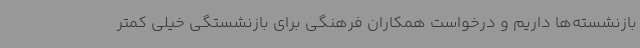
بازنشسته‌ها داریم و درخواست همکاران فرهنگی برای بازنشستگی خیلی کمتر